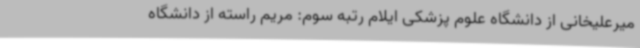
میرعلیخانی از دانشگاه علوم پزشکی ایلام رتبه سوم: مریم راسته از دانشگاه